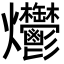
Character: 爩